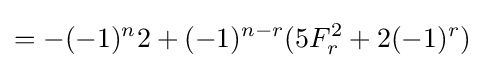
=-(-1)^{n}2+(-1)^{n-r}(5F_{r}^{2}+2(-1)^{r})